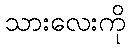
သားလေးကို